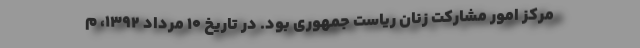
مرکز امور مشارکت زنان ریاست جمهوری بود. در تاریخ ۱۰ مرداد ۱۳۹۲، م